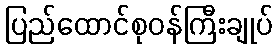
ပြည်ထောင်စုဝန်ကြီးချုပ်